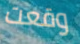
وقعت